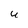
Character: U